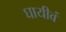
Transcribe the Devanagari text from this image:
घायीवं